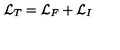
{ \cal L } _ { T } = { \cal L } _ { F } + { \cal L } _ { I }